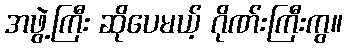
အဖွဲ့ကြီး ဆိုပေမယ့် ဂိုဏ်းကြီးကွ။